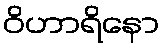
ဝိဟာရိနော